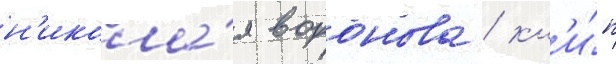
н'икола́я воронова / кл'и́п